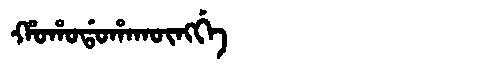
Manchu: ᡥᠣᡥᠣᡩᠣᡥᠠᡴᡡᠩᡤᡝ
Romanization: HOHODOHAKŪNGGE